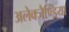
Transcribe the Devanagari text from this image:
अलेक्जैण्ड्रिया